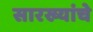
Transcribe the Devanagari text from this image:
सारख्यांचे